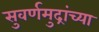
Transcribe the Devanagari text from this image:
सुवर्णमुद्रांच्या